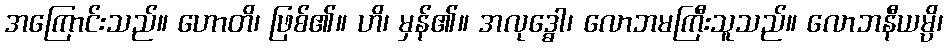
အကြောင်းသည်။ ဟောတိ၊ ဖြစ်၏။ ဟိ၊ မှန်၏။ အလုဒ္ဓေါ၊ လောဘမကြီးသူသည်။ လောဘနီယမ္ပိ၊